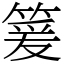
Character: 䈠